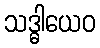
သဒ္ဓါယေဝ